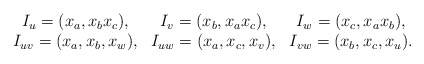
\begin{align*}\begin{array}{ccc}I_u = (x_a, x_bx_c), & I_v = (x_b, x_ax_c), & I_w = (x_c, x_ax_b), \\ I_{uv} = (x_a, x_b, x_w), & I_{uw} = (x_a, x_c, x_v), & I_{vw} = (x_b, x_c, x_u).\end{array}\end{align*}